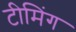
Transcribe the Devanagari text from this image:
टीमिंग